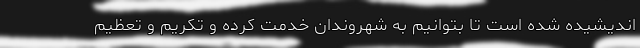
اندیشیده شده است تا بتوانیم به شهروندان خدمت کرده و تکریم و تعظیم